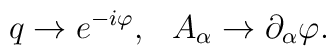
q\to e^{-i\varphi}, \hspace{3mm} A_\alpha\to \partial_\alpha \varphi.